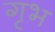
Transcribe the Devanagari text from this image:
गृभ